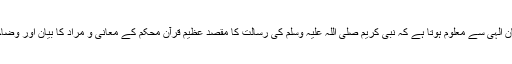
اس فرمان الٰہی سے معلوم ہوتا ہے کہ نبی کریم صلی اللہ علیہ وسلم کی رسالت کا مقصد عظیم قرآن محکم کے معانی و مراد کا بیان اور وضاحت ہے۔